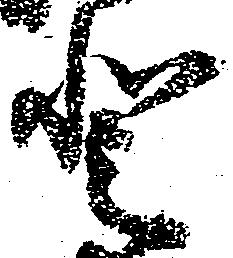
登